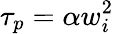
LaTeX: \tau_{p}=\alpha w_{i}^{2}